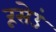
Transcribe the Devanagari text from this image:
रूसेउं